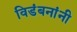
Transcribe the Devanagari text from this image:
विडंबनांनी